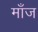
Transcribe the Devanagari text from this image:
माँज